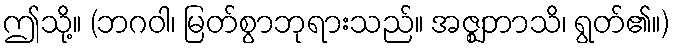
ဤသို့။ (ဘဂဝါ၊ မြတ်စွာဘုရားသည်။ အဇ္ဈဘာသိ၊ ရွတ်၏။)